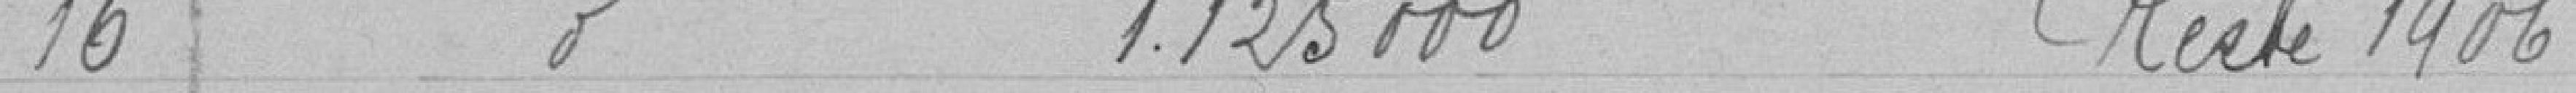
16 1 125 000